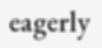
eagerly